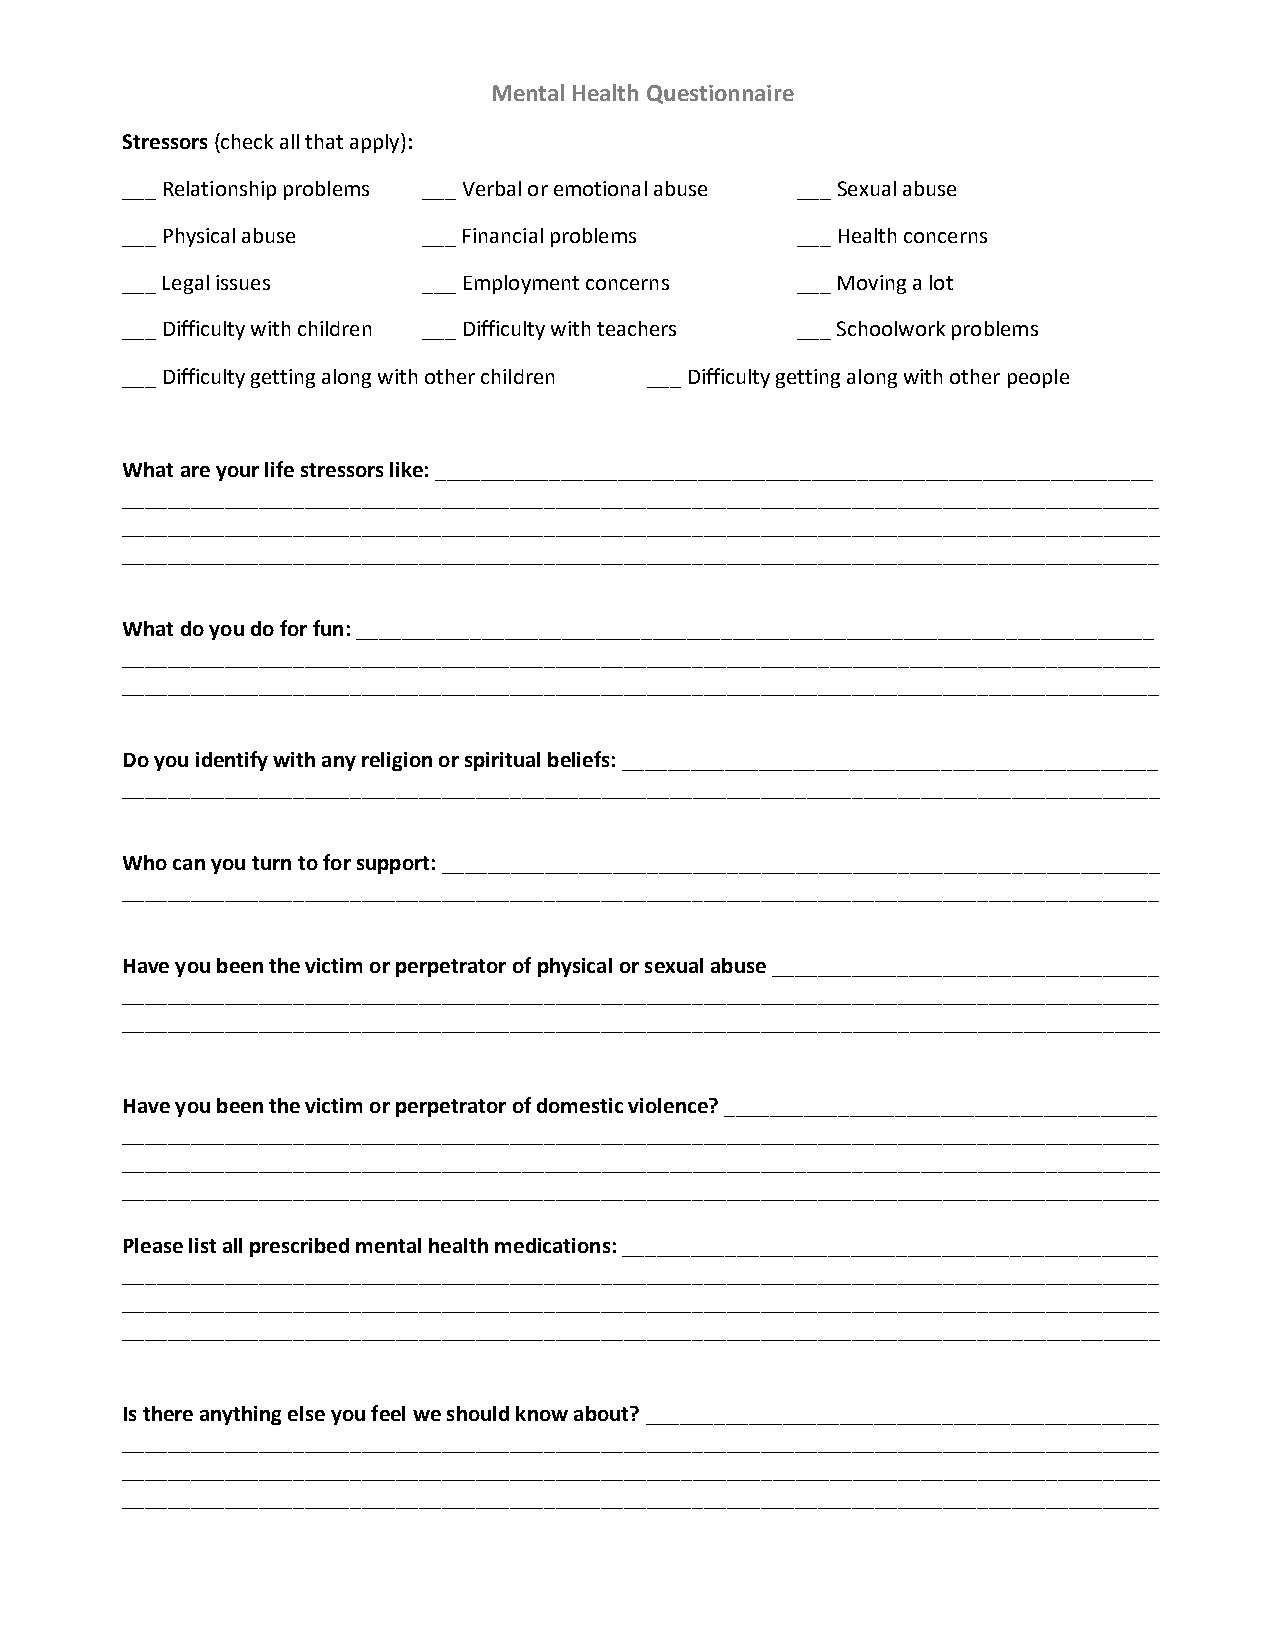
Mental Health Questionnaire
 Stressors (check all that apply):
 ___ Relationship problems ___ Verbal or emotional abuse ___ Sexual abuse
 ___ Physical abuse  ___ Financial problems   ___ Health concerns
 ___ Legal issues    ___ Employment concerns  ___ Moving a lot
 ___ Difficulty with children ___ Difficulty with teachers ___ Schoolwork problems
 ___ Difficulty getting along with other children ___ Difficulty getting along with other people
 What are your life stressors like: _______________________________________________________________
 ___________________________________________________________________________________________
 ___________________________________________________________________________________________
 ___________________________________________________________________________________________
 What do you do for fun: ______________________________________________________________________
 ___________________________________________________________________________________________
 ___________________________________________________________________________________________
 Do you identify with any religion or spiritual beliefs: _______________________________________________
 ___________________________________________________________________________________________
 Who can you turn to for support: _______________________________________________________________
 ___________________________________________________________________________________________
 Have you been the victim or perpetrator of physical or sexual abuse __________________________________
 ___________________________________________________________________________________________
 ___________________________________________________________________________________________
 Have you been the victim or perpetrator of domestic violence? ______________________________________
 ___________________________________________________________________________________________
 ___________________________________________________________________________________________
 ___________________________________________________________________________________________
 Please list all prescribed mental health medications: _______________________________________________
 ___________________________________________________________________________________________
 ___________________________________________________________________________________________
 ___________________________________________________________________________________________
 Is there anything else you feel we should know about? _____________________________________________
 ___________________________________________________________________________________________
 ___________________________________________________________________________________________
 ___________________________________________________________________________________________